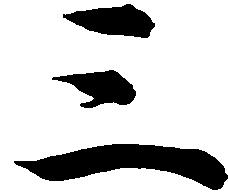
三